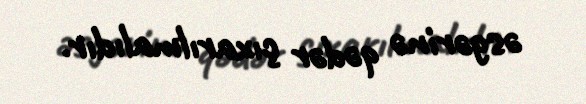
əsgərinə qədər çıxarılmalıdır.